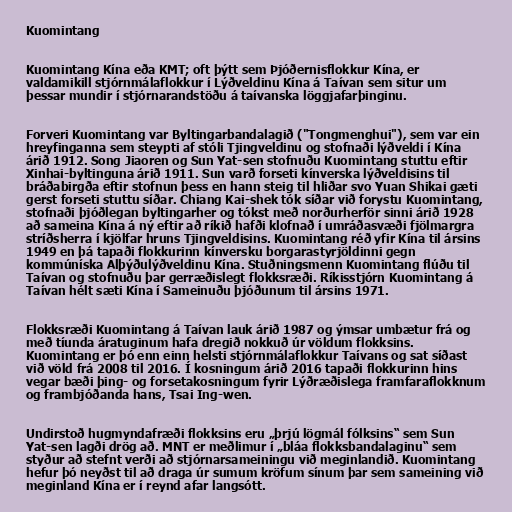
Kuomintang

Kuomintang Kína eða KMT; oft þýtt sem Þjóðernisflokkur Kína, er
valdamikill stjórnmálaflokkur í Lýðveldinu Kína á Taívan sem situr um
þessar mundir í stjórnarandstöðu á taívanska löggjafarþinginu.

Forveri Kuomintang var Byltingarbandalagið ("Tongmenghui"), sem var ein
hreyfinganna sem steypti af stóli Tjingveldinu og stofnaði lýðveldi í Kína
árið 1912. Song Jiaoren og Sun Yat-sen stofnuðu Kuomintang stuttu eftir
Xinhai-byltinguna árið 1911. Sun varð forseti kínverska lýðveldisins til
bráðabirgða eftir stofnun þess en hann steig til hliðar svo Yuan Shikai gæti
gerst forseti stuttu síðar. Chiang Kai-shek tók síðar við forystu Kuomintang,
stofnaði þjóðlegan byltingarher og tókst með norðurherför sinni árið 1928
að sameina Kína á ný eftir að ríkið hafði klofnað í umráðasvæði fjölmargra
stríðsherra í kjölfar hruns Tjingveldisins. Kuomintang réð yfir Kína til ársins
1949 en þá tapaði flokkurinn kínversku borgarastyrjöldinni gegn
kommúníska Alþýðulýðveldinu Kína. Stuðningsmenn Kuomintang flúðu til
Taívan og stofnuðu þar gerræðislegt flokksræði. Ríkisstjórn Kuomintang á
Taívan hélt sæti Kína í Sameinuðu þjóðunum til ársins 1971.

Flokksræði Kuomintang á Taívan lauk árið 1987 og ýmsar umbætur frá og
með tíunda áratuginum hafa dregið nokkuð úr völdum flokksins.
Kuomintang er þó enn einn helsti stjórnmálaflokkur Taívans og sat síðast
við völd frá 2008 til 2016. Í kosningum árið 2016 tapaði flokkurinn hins
vegar bæði þing- og forsetakosningum fyrir Lýðræðislega framfaraflokknum
og frambjóðanda hans, Tsai Ing-wen.

Undirstoð hugmyndafræði flokksins eru „þrjú lögmál fólksins“ sem Sun
Yat-sen lagði drög að. MNT er meðlimur í „bláa flokksbandalaginu“ sem
styður að stefnt verði að stjórnarsameiningu við meginlandið. Kuomintang
hefur þó neyðst til að draga úr sumum kröfum sínum þar sem sameining við
meginland Kína er í reynd afar langsótt.